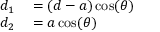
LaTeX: \begin{array} { r l } { d _ { 1 } } & { { } = ( d - a ) \cos ( \theta ) } \\ { d _ { 2 } } & { { } = a \cos ( \theta ) } \end{array}